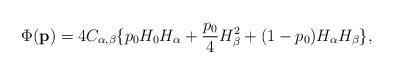
LaTeX: \begin{align*}\Phi ({\bf p}) = 4C_{\alpha,\beta}\{ p_0 H_0 H_\alpha + \frac{p_0}{4}H_\beta^2 + (1-p_0) H_\alpha H_\beta \},\end{align*}